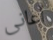
أعانى